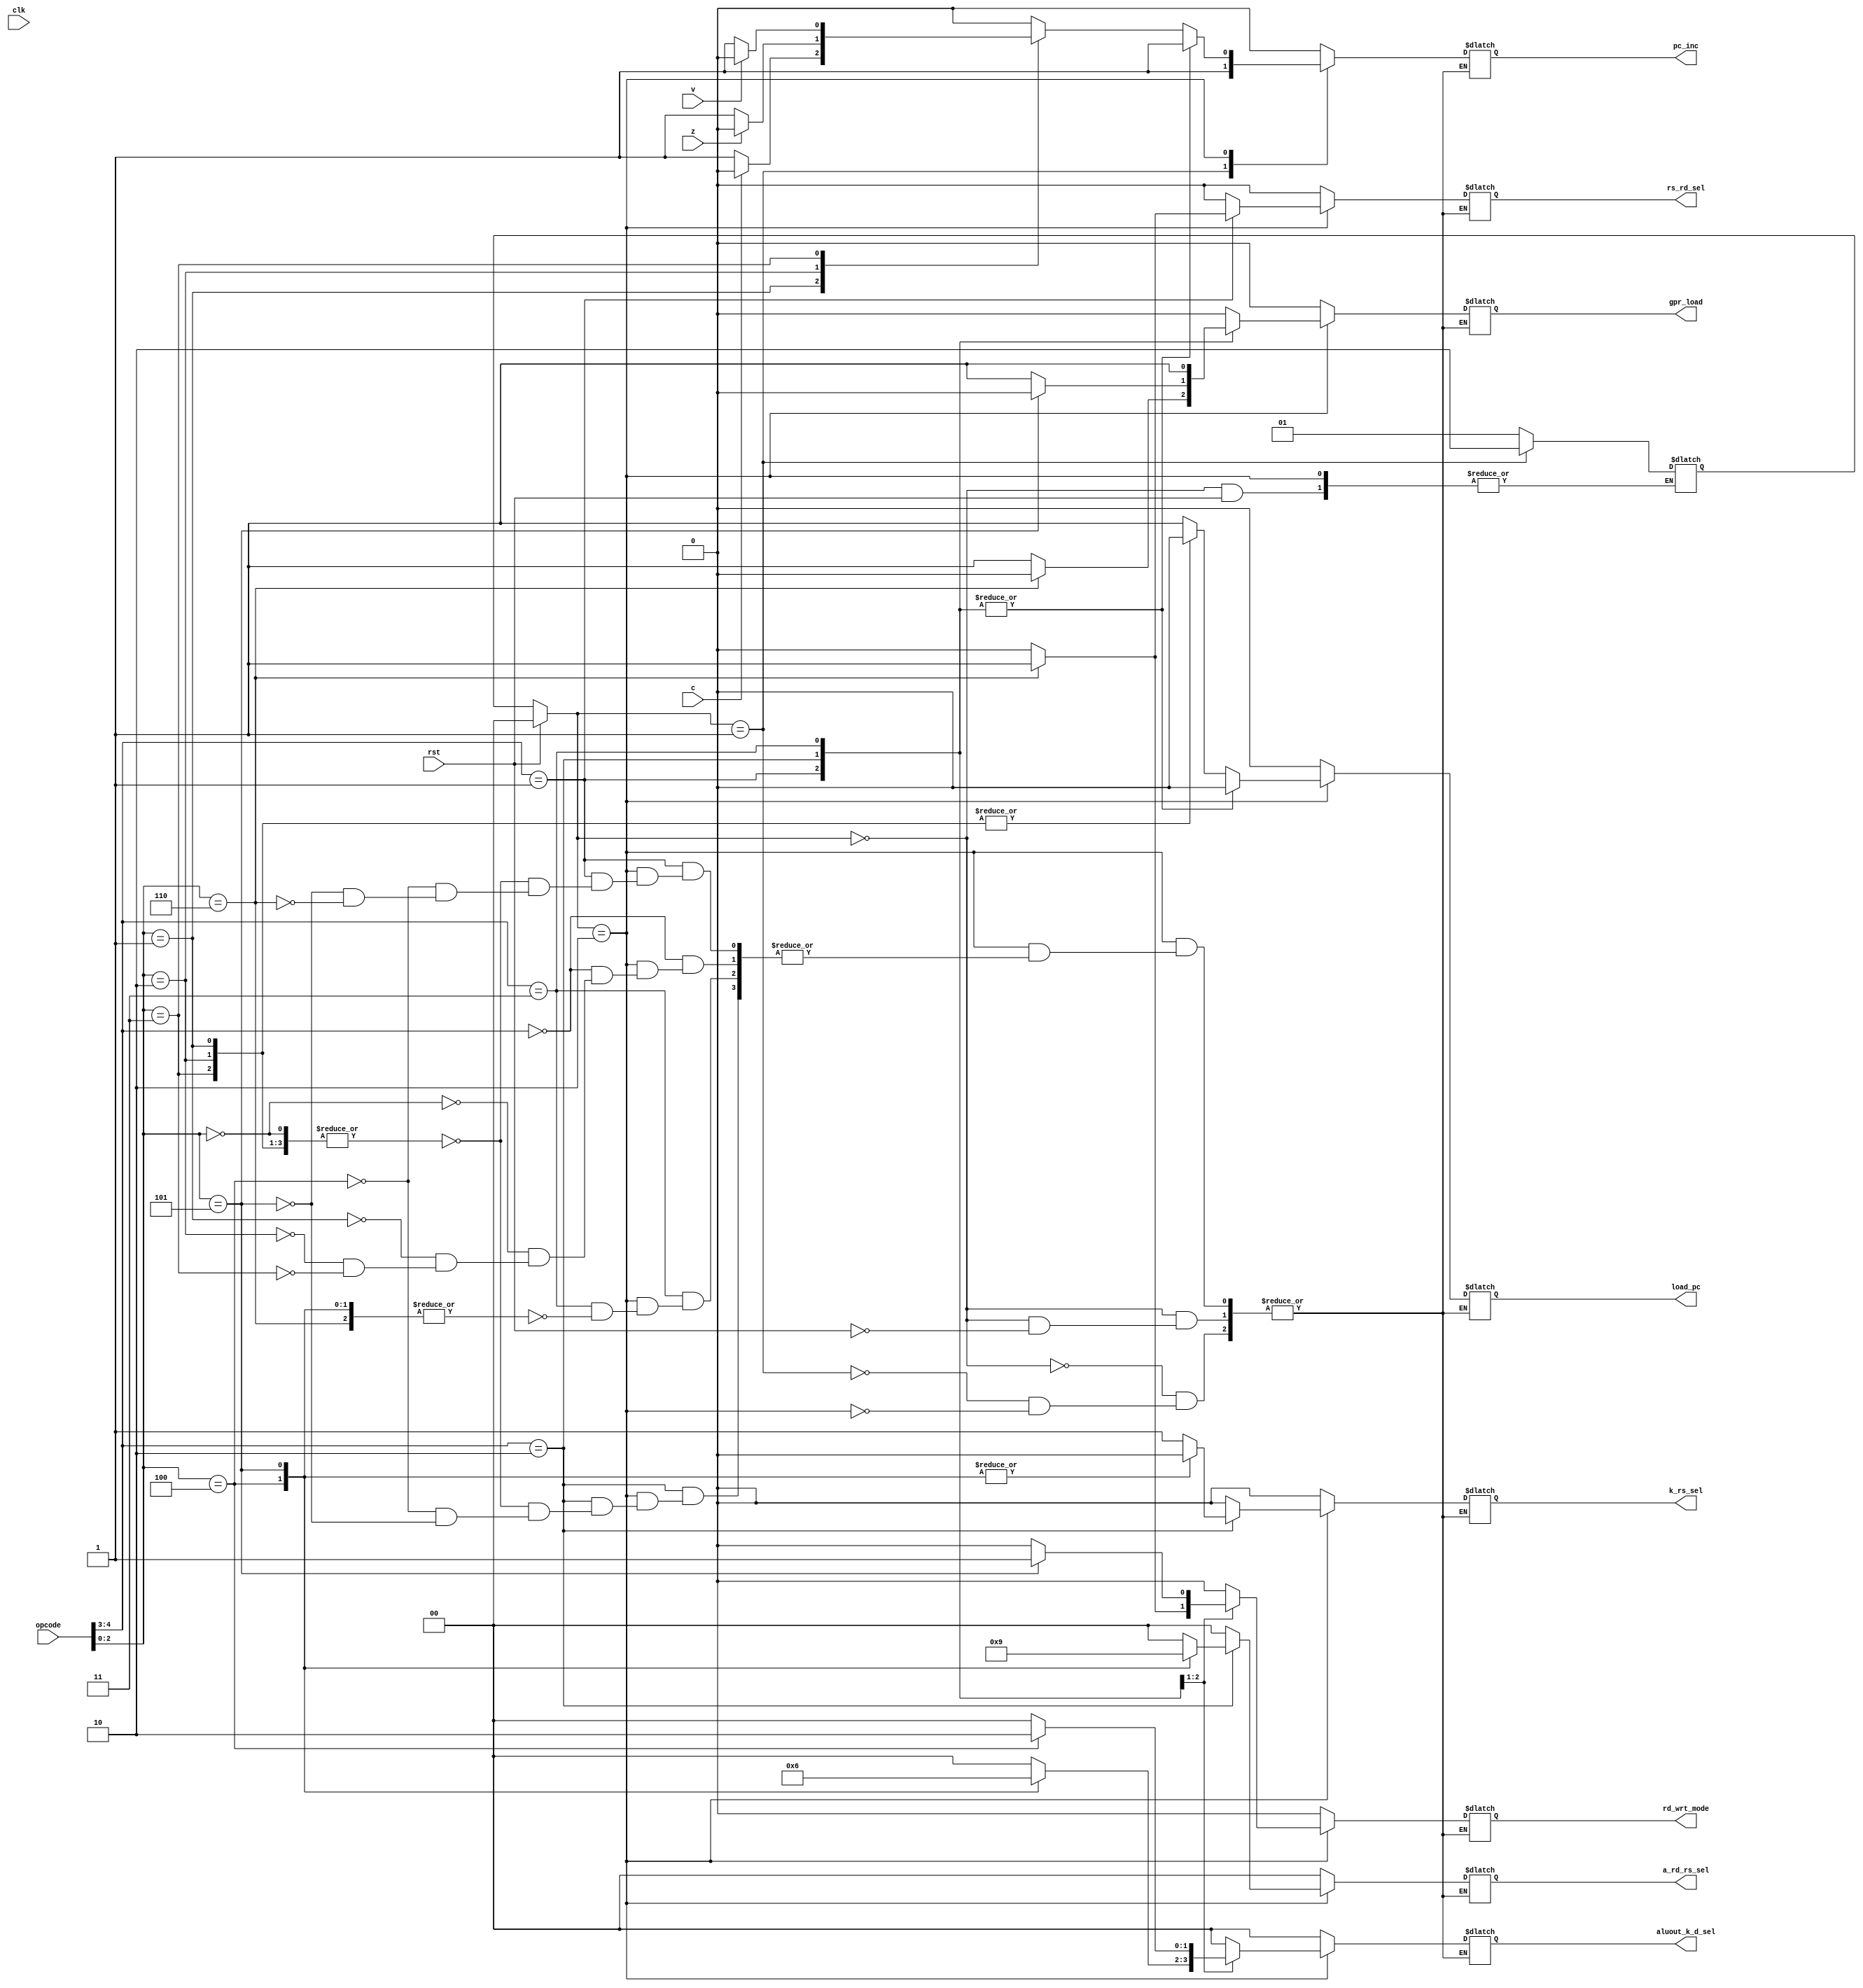
module control_unit(
 input [4:0] opcode, 
 input rst, clk, c, z, v,
 output reg load_pc, pc_inc, k_rs_sel, gpr_load,
	    rd_wrt_mode, rs_rd_sel,
 output reg [1:0] aluout_k_d_sel, a_rd_rs_sel
);

 parameter reset_state = 2'b00;
 parameter fetch = 2'b01;
 parameter execute = 2'b10;

 reg [1:0] current_state, next_state;

 always@(*)
	begin
	if(rst)
		current_state <= reset_state;
	else
		current_state <= next_state;
	end

 always@(*)
	begin
	case(current_state)
	reset_state: 
		if(rst)
			begin
			load_pc = 0;
			pc_inc = 0;
			k_rs_sel = 0;
			gpr_load = 0;
			a_rd_rs_sel = 0; 
			rd_wrt_mode = 0;
 			aluout_k_d_sel = 0;
			rs_rd_sel = 0;
			
			end
		else
			next_state <= fetch;
	fetch: 
		begin
		load_pc = 0;
		pc_inc = 1;
		k_rs_sel = 0;
		gpr_load = 0;
		a_rd_rs_sel = 0; 
		rd_wrt_mode = 0;
 		aluout_k_d_sel = 0;
		rs_rd_sel = 0;
		next_state <= execute;
		end
	execute: 
		begin
		case(opcode[4:3])
		2'b00:
			begin
			case(opcode[2:0])
			3'b000: begin 
				load_pc = 1; 
				pc_inc = 0;

				k_rs_sel = 0;
				gpr_load = 0;
				a_rd_rs_sel = 0;
				rd_wrt_mode = 0;
				aluout_k_d_sel = 2'b00;
				rs_rd_sel = 0;
				end
			3'b001: 
				begin
				if(c==1) begin
					load_pc = 1;
					pc_inc = 0; 

					k_rs_sel = 0;
					gpr_load = 0;
					a_rd_rs_sel = 0;
					rd_wrt_mode = 0;
					aluout_k_d_sel = 2'b00;
					rs_rd_sel = 0;
					end
				else
					pc_inc = 1;

					load_pc = 0;
					k_rs_sel = 0;
					gpr_load = 0;
					a_rd_rs_sel = 0;
					rd_wrt_mode = 0;
					aluout_k_d_sel = 2'b00;
					rs_rd_sel = 0;
				end
			3'b010: 
				begin
				if(z==1) begin
					load_pc = 1;
					pc_inc = 0;
					k_rs_sel = 0;
					gpr_load = 0;
					a_rd_rs_sel = 0;
					rd_wrt_mode = 0;
					aluout_k_d_sel = 2'b00;
					rs_rd_sel = 0;
					end 
				else
					pc_inc = 1; 
					load_pc = 0;
					k_rs_sel = 0;
					gpr_load = 0;
					a_rd_rs_sel = 0;
					rd_wrt_mode = 0;
					aluout_k_d_sel = 2'b00;
					rs_rd_sel = 0;
				end
			3'b011: 
				begin
				if(v==1) begin
					load_pc = 1; 
					pc_inc = 0;
					k_rs_sel = 0;
					gpr_load = 0;
					a_rd_rs_sel = 0;
					rd_wrt_mode = 0;
					aluout_k_d_sel = 2'b00;
					rs_rd_sel = 0;
					end
				else
					pc_inc = 1; 
					load_pc = 0;
					k_rs_sel = 0;
					gpr_load = 0;
					a_rd_rs_sel = 0;
					rd_wrt_mode = 0;
					aluout_k_d_sel = 2'b00;
					rs_rd_sel = 0;
				end
			//3'b100: ; JSR [SP] ?PC,SP?SP-1,PC?k
			//3'b101: ; RET PC?[SP]+1,SP?SP+1
			endcase
			end
		2'b01:		
			begin
			case(opcode[2:0])
			3'b000, 3'b001, 3'b010, 3'b011: 
				begin
				k_rs_sel = 0; //selects k as input b to alu
				gpr_load = 1; 
				aluout_k_d_sel = 2'b00; // selects alu output to write to registers

				load_pc =0;
				a_rd_rs_sel = 0;
				rd_wrt_mode = 0;
				pc_inc = 1;
				rs_rd_sel = 0;
				end
			3'b100:
				begin
				gpr_load = 1; 
				aluout_k_d_sel = 2'b01; // selects immediate k to write to registers
				
				load_pc = 0;
				k_rs_sel = 0;
				a_rd_rs_sel = 0;
				rd_wrt_mode = 0;
				pc_inc = 1;
				rs_rd_sel = 0;
				end 
			3'b101: 
				begin
				a_rd_rs_sel = 0; // selects A (immediate) as address to datamem
				rd_wrt_mode = 0; // read signal
				gpr_load = 1;
				aluout_k_d_sel = 2'b10;

				load_pc = 0;
				k_rs_sel = 0;
				pc_inc = 1;
				rs_rd_sel = 0;
				end
			3'b110: 
				begin
				a_rd_rs_sel = 0; // selects A (immediate) as address to datamem
				rd_wrt_mode = 1; // write signal
				gpr_load = 0;

				load_pc = 0;
				k_rs_sel = 0;
				aluout_k_d_sel = 2'b00;
				pc_inc = 1;
				rs_rd_sel = 1;
				end
			endcase
			end
		2'b10:
			begin
			case(opcode[2:0])
			3'b000, 3'b001, 3'b010, 3'b011: 
				begin
				k_rs_sel = 1; // selects rs as input b to alu 
				gpr_load = 1; 
				aluout_k_d_sel = 2'b00; // selects alu output to write to registers
				
				load_pc = 0;
				a_rd_rs_sel = 0;
				rd_wrt_mode = 0;
				pc_inc = 1;
				rs_rd_sel = 0;
				end
 			3'b100: 
				begin
				a_rd_rs_sel = 2'b10; // selects rs as address to datamem
				rd_wrt_mode = 0; // read signal
				gpr_load = 1;
				aluout_k_d_sel = 2'b10;
	
				load_pc = 0;
				k_rs_sel = 0;
				pc_inc = 1;
				rs_rd_sel = 0;
				end
			3'b101: 	
				begin
				a_rd_rs_sel = 1; // selects rd as address to datamem
				rd_wrt_mode = 1; // write signal

				load_pc =0;
				k_rs_sel = 0;
				gpr_load = 0;
				aluout_k_d_sel =2'b00;
				pc_inc = 1;
				rs_rd_sel = 0;
				end

			endcase
			end
		2'b11:
			begin
			case(opcode[2:0])
			3'b100, 3'b101, 3'b110:
				begin
				gpr_load = 1; 
				aluout_k_d_sel = 2'b00; // selects alu output to write to registers
				
				load_pc = 0;
				k_rs_sel = 0;
				a_rd_rs_sel = 0;
				rd_wrt_mode = 0;
				pc_inc = 1;
				rs_rd_sel = 0;
				end
			//3'b111 swap
			//3'b000 push
			//3'b001 pop
			endcase
			
			end
		endcase
		
		end
	default: next_state <= fetch;	
	endcase
	end
endmodule